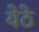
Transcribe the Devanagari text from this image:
येठे